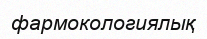
фармокологиялық